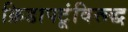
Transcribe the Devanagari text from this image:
क्रिडापटूंविरूद्ध